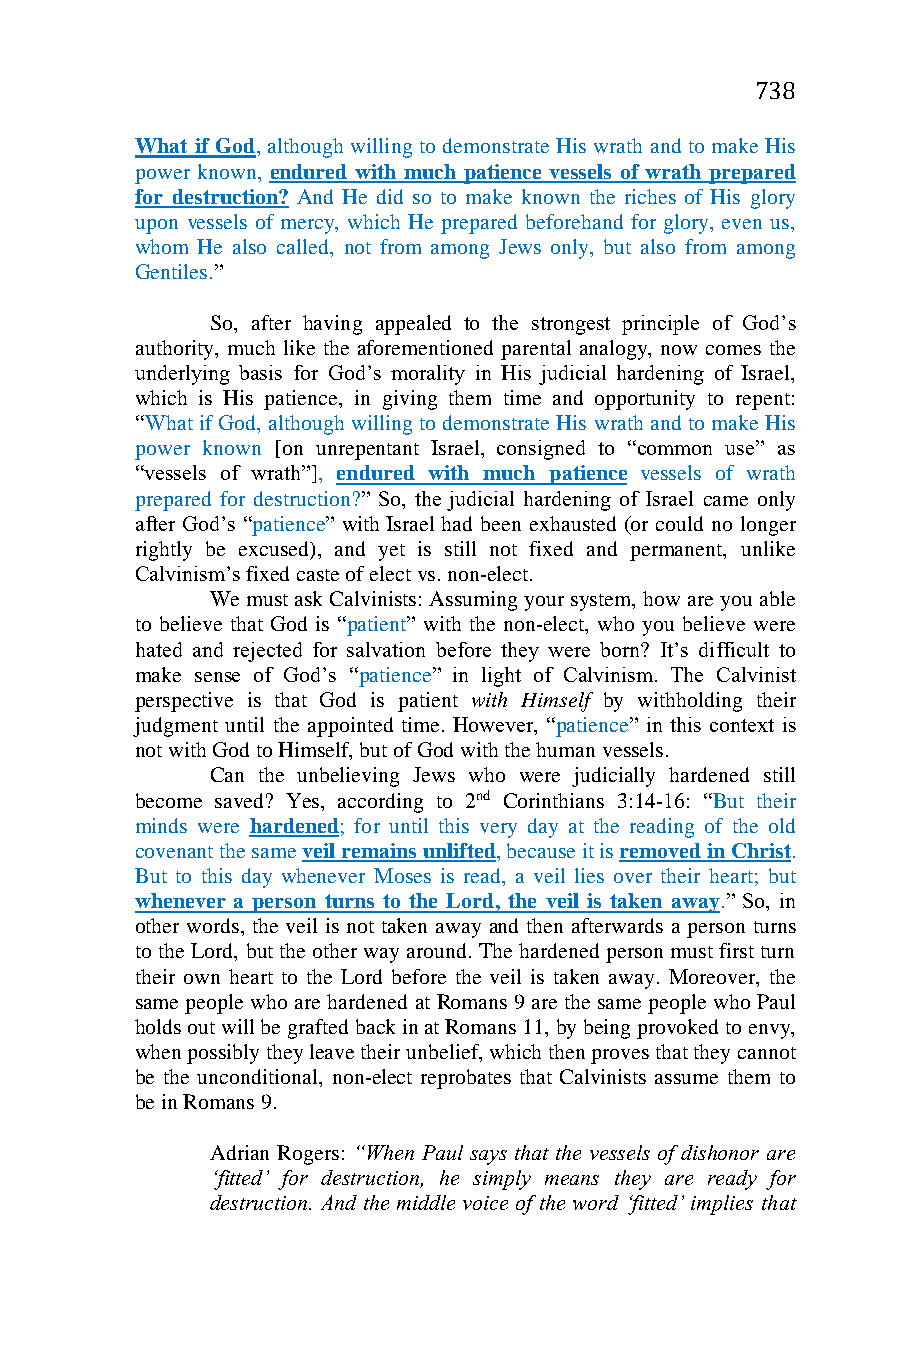
738
 What if God, although willing to demonstrate His wrath and to make His
 power known, endured with much patience vessels of wrath prepared
 for destruction? And He did so to make known the riches of His glory
 upon vessels of mercy, which He prepared beforehand for glory, even us,
 whom He also called, not from among Jews only, but also from among
 Gentiles.”
 So, after having appealed to the strongest principle of God’s
 authority, much like the aforementioned parental analogy, now comes the
 underlying basis for God’s morality in His judicial hardening of Israel,
 which is His patience, in giving them time and opportunity to repent:
 “What if God, although willing to demonstrate His wrath and to make His
 power known [on unrepentant Israel, consigned to “common use” as
 “vessels of wrath”], endured with much patience vessels of wrath
 prepared for destruction?” So, the judicial hardening of Israel came only
 after God’s “patience” with Israel had been exhausted (or could no longer
 rightly be excused), and yet is still not fixed and permanent, unlike
 Calvinism’s fixed caste of elect vs. non-elect.
 We must ask Calvinists: Assuming your system, how are you able
 to believe that God is “patient” with the non-elect, who you believe were
 hated and rejected for salvation before they were born? It’s difficult to
 make sense of God’s “patience” in light of Calvinism. The Calvinist
 perspective is that God is patient with Himself by withholding their
 judgment until the appointed time. However, “patience” in this context is
 not with God to Himself, but of God with the human vessels.
 Can the unbelieving Jews who were judicially hardened still
 become saved? Yes, according to 2nd Corinthians 3:14-16: “But their
 minds were hardened; for until this very day at the reading of the old
 covenant the same veil remains unlifted, because it is removed in Christ.
 But to this day whenever Moses is read, a veil lies over their heart; but
 whenever a person turns to the Lord, the veil is taken away.” So, in
 other words, the veil is not taken away and then afterwards a person turns
 to the Lord, but the other way around. The hardened person must first turn
 their own heart to the Lord before the veil is taken away. Moreover, the
 same people who are hardened at Romans 9 are the same people who Paul
 holds out will be grafted back in at Romans 11, by being provoked to envy,
 when possibly they leave their unbelief, which then proves that they cannot
 be the unconditional, non-elect reprobates that Calvinists assume them to
 be in Romans 9.
 Adrian Rogers: “When Paul says that the vessels of dishonor are
 ‘fitted’ for destruction, he simply means they are ready for
 destruction. And the middle voice of the word ‘fitted’ implies that